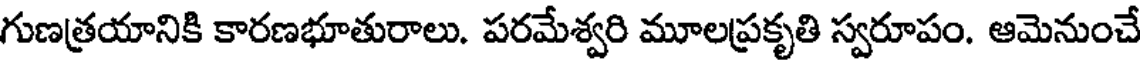
గుణత్రయానికి కారణభూతురాలు. పరమేశ్వరి మూలప్రకృతి స్వరూపం. ఆమెనుంచే